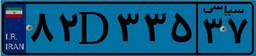
۸۲D۳۳۵۳۷